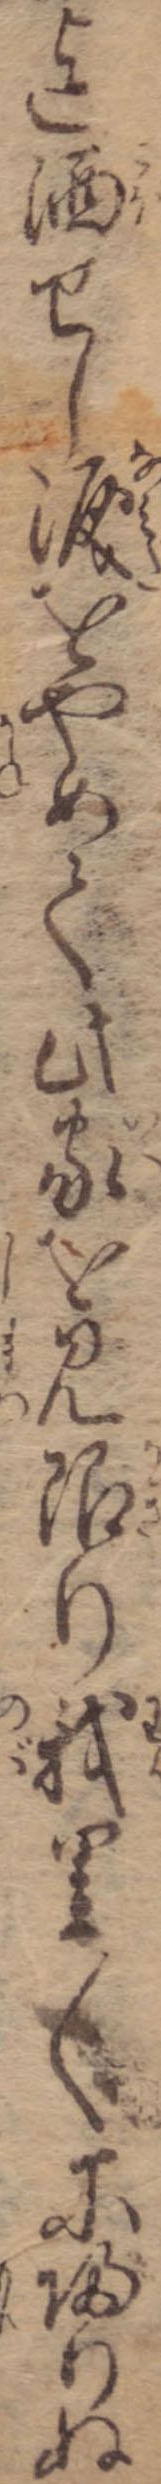
迄洒せし涙をやめて此家を見限り我里〱に帰りぬ